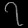
Digit: ၇